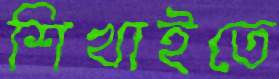
শিখাইতে